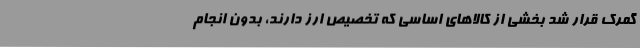
گمرک قرار شد بخشی از کالاهای اساسی که تخصیص ارز دارند، بدون انجام